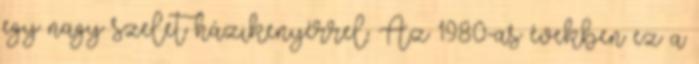
egy nagy szelet házikenyérrel. Az 1980-as években ez a